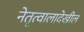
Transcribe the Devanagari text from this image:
नेतृत्वालादेखील